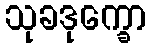
သုခဒုက္ခော